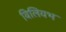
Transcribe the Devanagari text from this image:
विलियभ